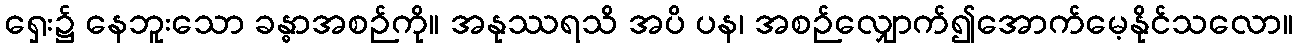
ရှေး၌ နေဘူးသော ခန္ဓာအစဉ်ကို။ အနုဿရသိ အပိ ပန၊ အစဉ်လျှောက်၍အောက်မေ့နိုင်သလော။